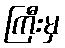
ကြီးမှ